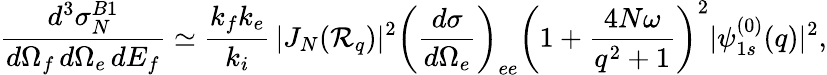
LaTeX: \frac{d^{3}{\sigma}_{N}^{B1}}{d\Omega_{f}\, d\Omega_{e}\, dE_{f}}\simeq\frac{k_{f}k_{e}}{k_{i}}\, |J_{N}({\cal R}_{q})|^{2}\left(\frac{d{\sigma}}{d\Omega_{e}}\right)_{ee}\left(1+\frac{4N\omega}{q^{2}+1}\right)^{2}|\psi_{1s}^{(0)}(q)|^{2},